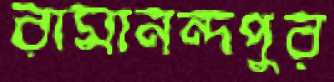
রামানন্দপুর